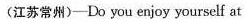
(江苏常州)-Do you enjoy yourself at